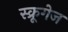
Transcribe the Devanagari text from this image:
स्क्रूगेज